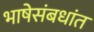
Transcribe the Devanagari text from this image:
भाषेसंबधांत